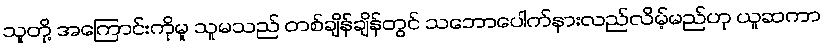
သူတို့ အကြောင်းကိုမူ သူမသည် တစ်ချိန်ချိန်တွင် သဘောပေါက်နားလည်လိမ့်မည်ဟု ယူဆကာ